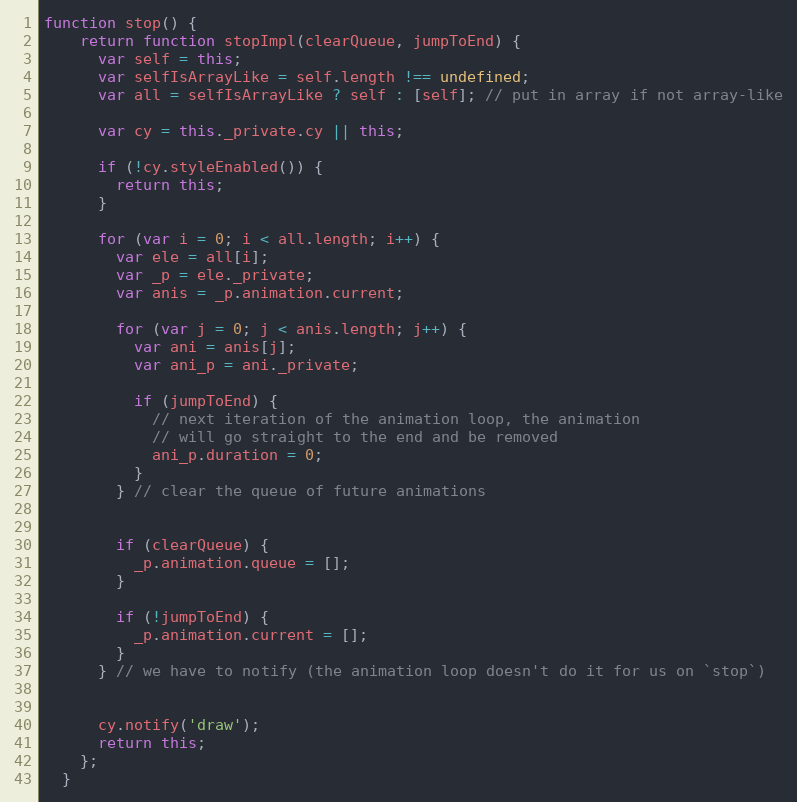
Language: JavaScript
function stop() {
    return function stopImpl(clearQueue, jumpToEnd) {
      var self = this;
      var selfIsArrayLike = self.length !== undefined;
      var all = selfIsArrayLike ? self : [self]; // put in array if not array-like

      var cy = this._private.cy || this;

      if (!cy.styleEnabled()) {
        return this;
      }

      for (var i = 0; i < all.length; i++) {
        var ele = all[i];
        var _p = ele._private;
        var anis = _p.animation.current;

        for (var j = 0; j < anis.length; j++) {
          var ani = anis[j];
          var ani_p = ani._private;

          if (jumpToEnd) {
            // next iteration of the animation loop, the animation
            // will go straight to the end and be removed
            ani_p.duration = 0;
          }
        } // clear the queue of future animations

        if (clearQueue) {
          _p.animation.queue = [];
        }

        if (!jumpToEnd) {
          _p.animation.current = [];
        }
      } // we have to notify (the animation loop doesn't do it for us on `stop`)

      cy.notify('draw');
      return this;
    };
  }